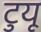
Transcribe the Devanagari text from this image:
टुयू